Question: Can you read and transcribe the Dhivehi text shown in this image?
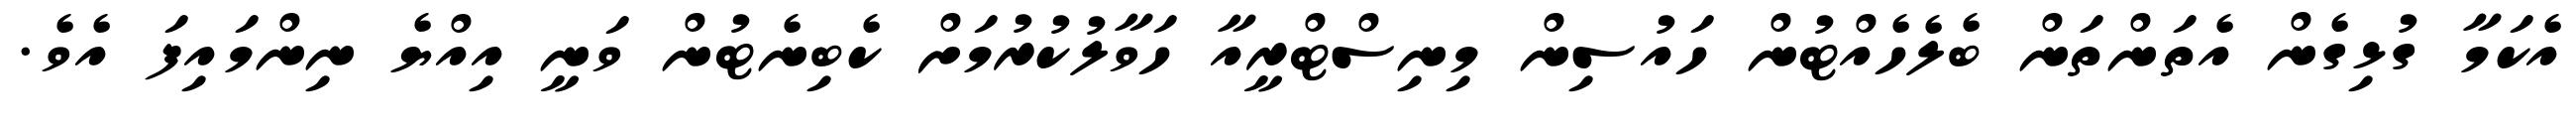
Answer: އެކަމާ ގުޅިގެން އެތަންތަން ބެލެހެއްޓުން ހައުސިން މިނިސްޓްރީއާ ހަވާލުކުރުމަށް ކެބިނެޓުން ވަނީ އިއްޔެ ނިންމައިފަ އެވެ.